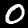
Label: 0